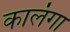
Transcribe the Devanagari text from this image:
कालंगा